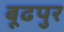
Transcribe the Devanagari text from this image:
बूढपुर